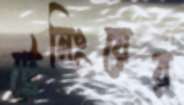
ট্রেনিংয়ের